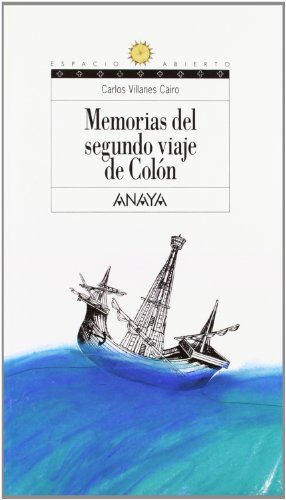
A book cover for Memorias Del Segundo Viaje De Colon /  Memories of Columbus's Second Trip (Espacio Abierto/Open Space) (Spanish Edition); Carlos Villanes Cairo; Teen & Young Adult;